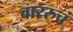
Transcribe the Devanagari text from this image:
वाररुचं